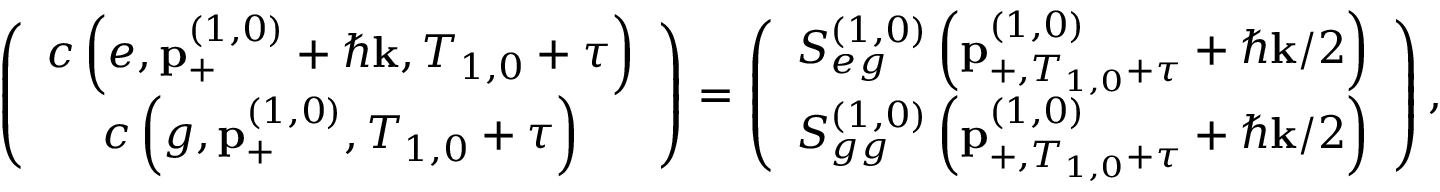
\left( \begin{array} { c } { c \left( e , \mathbf { p } _ { + } ^ { \left( 1 , 0 \right) } + \hbar \mathbf { k } , T _ { 1 , 0 } + \tau \right) } \\ { c \left( g , \mathbf { p } _ { + } ^ { \left( 1 , 0 \right) } , T _ { 1 , 0 } + \tau \right) } \end{array} \right) = \left( \begin{array} { c } { S _ { e g } ^ { \left( 1 , 0 \right) } \left( \mathbf { p } _ { + , T _ { 1 , 0 } + \tau } ^ { \left( 1 , 0 \right) } + \hbar \mathbf { k } / 2 \right) } \\ { S _ { g g } ^ { \left( 1 , 0 \right) } \left( \mathbf { p } _ { + , T _ { 1 , 0 } + \tau } ^ { \left( 1 , 0 \right) } + \hbar \mathbf { k } / 2 \right) } \end{array} \right) ,